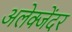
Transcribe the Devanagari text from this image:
अलेक्जेंदर